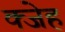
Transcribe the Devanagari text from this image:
क्जेह